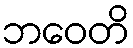
ဘဝေတိ